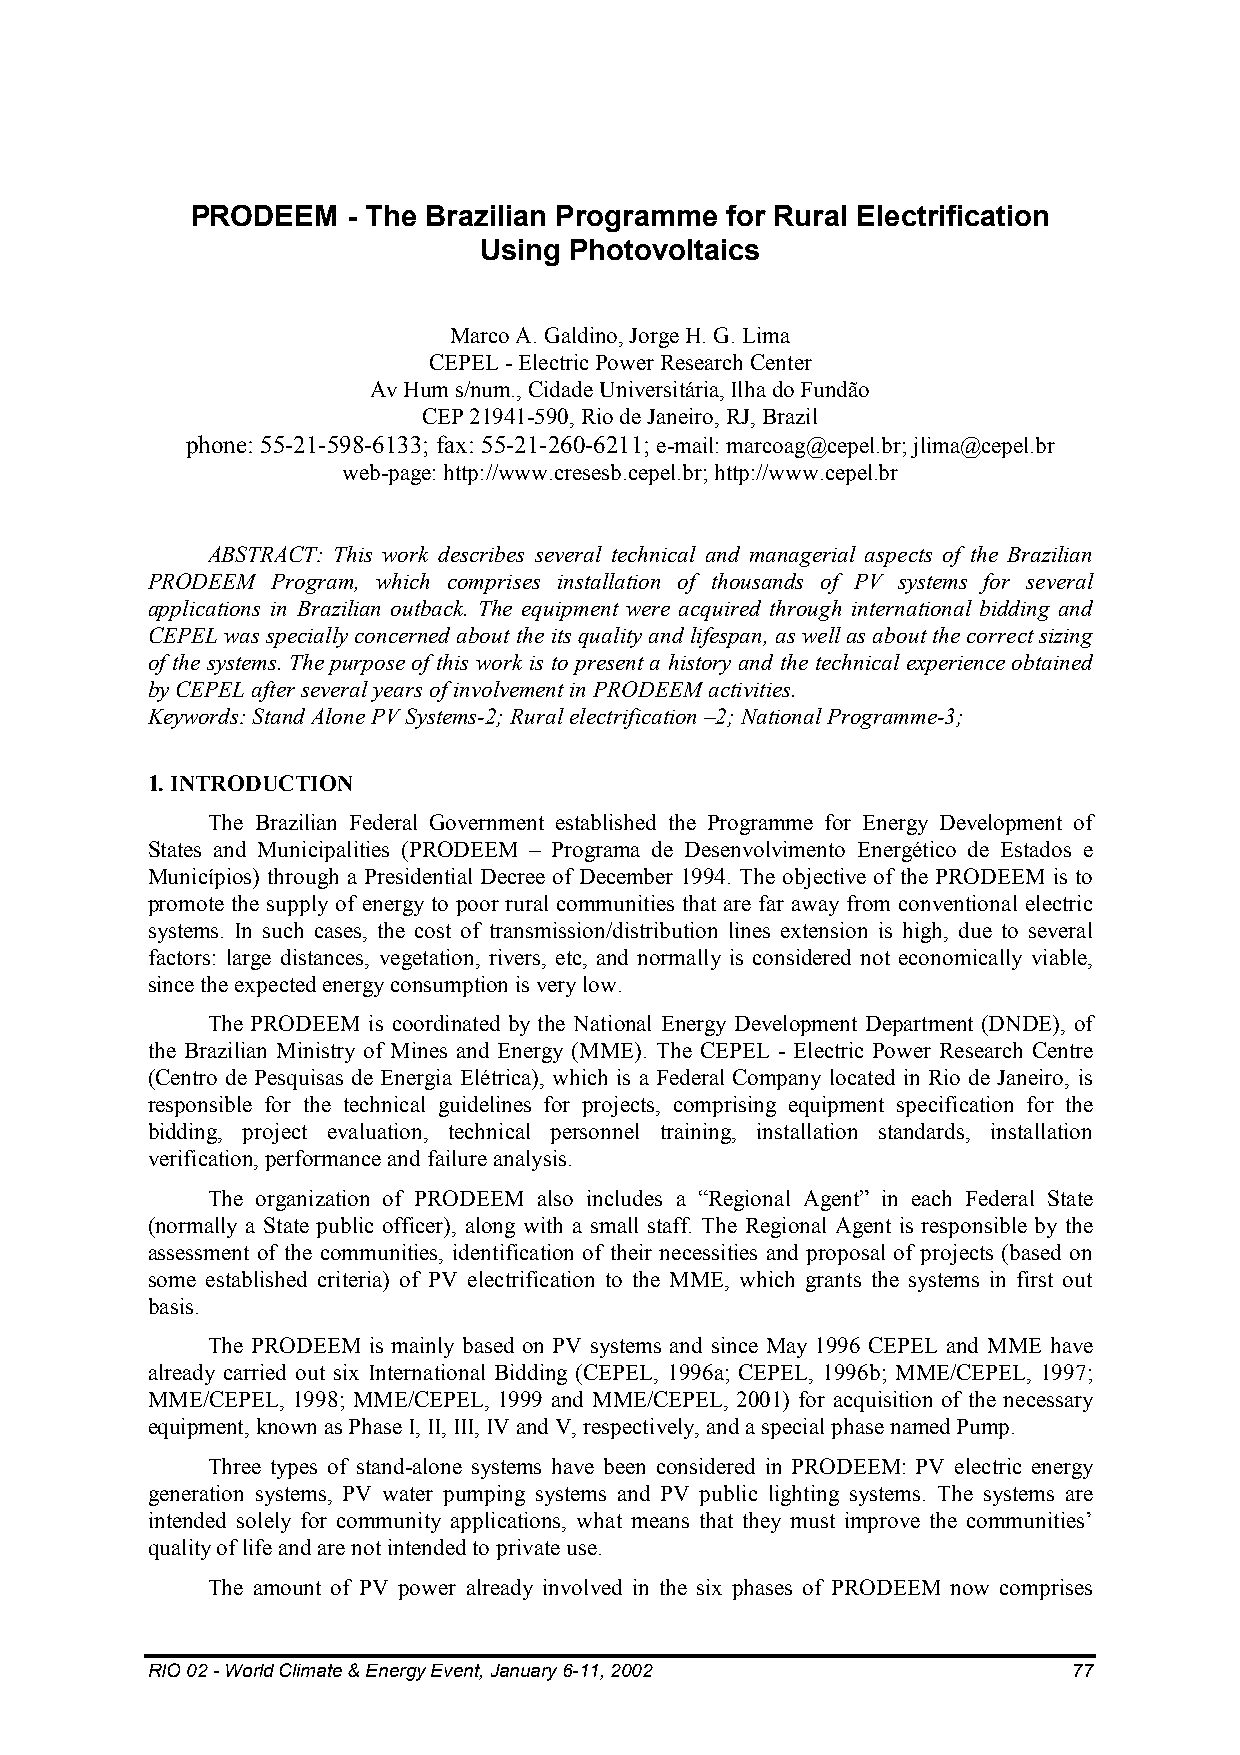
PRODEEM   - The Brazilian Programme for Rural Electrification
 Using Photovoltaics
 Marco A. Galdino, Jorge H. G. Lima
 CEPEL - Electric Power Research Center
 Av Hum s/num., Cidade Universitária, Ilha do Fundão
 CEP 21941-590, Rio de Janeiro, RJ, Brazil
 phone: 55-21-598-6133; fax: 55-21-260-6211; e-mail: marcoag@cepel.br; jlima@cepel.br
 web-page: http://www.cresesb.cepel.br; http://www.cepel.br
 ABSTRACT: This work describes several technical and managerial aspects of the Brazilian
 PRODEEM Program, which comprises installation of thousands of PV systems for several
 applications in Brazilian outback. The equipment were acquired through international bidding and
 CEPEL was specially concerned about the its quality and lifespan, as well as about the correct sizing
 of the systems. The purpose of this work is to present a history and the technical experience obtained
 by CEPEL after several years of involvement in PRODEEM activities.
 Keywords: Stand Alone PV Systems-2; Rural electrification –2; National Programme-3;
 1. INTRODUCTION
 The Brazilian Federal Government established the Programme for Energy Development of
 States and Municipalities (PRODEEM – Programa de Desenvolvimento Energético de Estados e
 Municípios) through a Presidential Decree of December 1994. The objective of the PRODEEM is to
 promote the supply of energy to poor rural communities that are far away from conventional electric
 systems. In such cases, the cost of transmission/distribution lines extension is high, due to several
 factors: large distances, vegetation, rivers, etc, and normally is considered not economically viable,
 since the expected energy consumption is very low.
 The PRODEEM is coordinated by the National Energy Development Department (DNDE), of
 the Brazilian Ministry of Mines and Energy (MME). The CEPEL - Electric Power Research Centre
 (Centro de Pesquisas de Energia Elétrica), which is a Federal Company located in Rio de Janeiro, is
 responsible for the technical guidelines for projects, comprising equipment specification for the
 bidding, project evaluation, technical personnel training, installation standards, installation
 verification, performance and failure analysis.
 The organization of PRODEEM also includes a “Regional Agent” in each Federal State
 (normally a State public officer), along with a small staff. The Regional Agent is responsible by the
 assessment of the communities, identification of their necessities and proposal of projects (based on
 some established criteria) of PV electrification to the MME, which grants the systems in first out
 basis.
 The PRODEEM is mainly based on PV systems and since May 1996 CEPEL and MME have
 already carried out six International Bidding (CEPEL, 1996a; CEPEL, 1996b; MME/CEPEL, 1997;
 MME/CEPEL, 1998; MME/CEPEL, 1999 and MME/CEPEL, 2001) for acquisition of the necessary
 equipment, known as Phase I, II, III, IV and V, respectively, and a special phase named Pump.
 Three types of stand-alone systems have been considered in PRODEEM: PV electric energy
 generation systems, PV water pumping systems and PV public lighting systems. The systems are
 intended solely for community applications, what means that they must improve the communities’
 quality of life and are not intended to private use.
 The amount of PV power already involved in the six phases of PRODEEM now comprises
 RIO 02 - World Climate & Energy Event, January 6-11, 2002    77